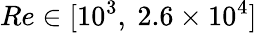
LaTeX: Re\in[10^{3},~2.6\times 10^{4}]